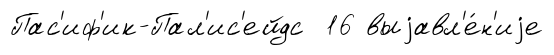
Пас'иф'ик-Пал'ис'ейдс 16 выjавл'е́н'иjе